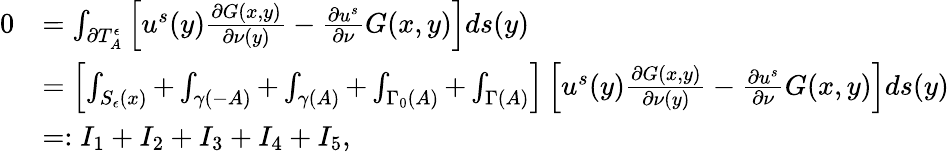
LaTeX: \begin{array}{rl}{0}&{=\int_{\partial T_{A}^{\epsilon}}\left[u^{s}(y)\frac{\partial G(x,y)}{\partial\nu(y)}-\frac{\partial u^{s}}{\partial\nu}G(x,y)\right]ds(y)}\\ &{=\left[\int_{S_{\epsilon}(x)}+\int_{\gamma(-A)}+\int_{\gamma(A)}+\int_{\Gamma_{0}(A)}+\int_{\Gamma(A)}\right]\left[u^{s}(y)\frac{\partial G(x,y)}{\partial\nu(y)}-\frac{\partial u^{s}}{\partial\nu}G(x,y)\right]ds(y)}\\ &{=:I_{1}+I_{2}+I_{3}+I_{4}+I_{5},}\end{array}